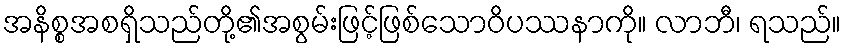
အနိစ္စအစရှိသည်တို့၏အစွမ်းဖြင့်ဖြစ်သောဝိပဿနာကို။ လာဘီ၊ ရသည်။